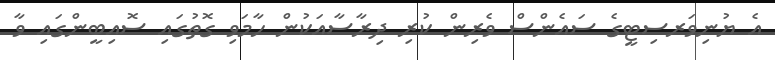
އެ ޔުނިވަރސިޓީގެ ސައެންސް ވެރިން ކުރި ދިރާސާއަކުން ހާމަވި ގޮތުގައި ސޮއިބީންގައި ވާ